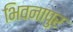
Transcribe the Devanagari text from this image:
भिवनापुर